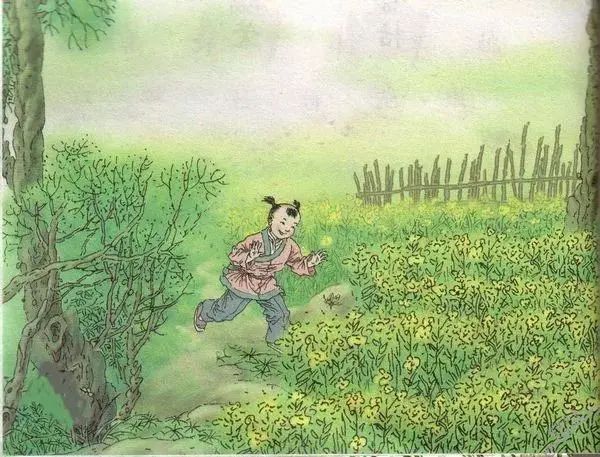
草满池塘水满陂，山衔落日浸寒漪。